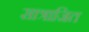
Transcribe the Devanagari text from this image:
सात्राजित